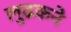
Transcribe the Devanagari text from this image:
लुढकने